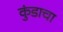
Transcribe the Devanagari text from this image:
कुंडाचा